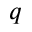
q